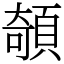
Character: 䫑